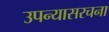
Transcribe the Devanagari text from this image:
उपन्यासरचना